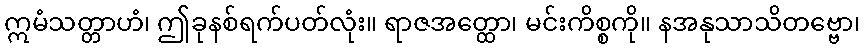
ဣမံသတ္တာဟံ၊ ဤခုနစ်ရက်ပတ်လုံး။ ရာဇအတ္ထော၊ မင်းကိစ္စကို။ နအနုသာသိတဗ္ဗော၊